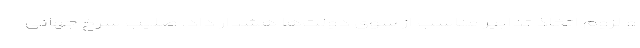
و لزوم اتخاذ تدابیر مناسب از سوی دولت‌ها هشدار داد. صلیب سرخ جهانی